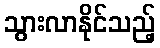
သွားလာနိုင်သည့်